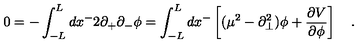
0 = - \int _ { - L } ^ { L } d x ^ { - } 2 \partial _ { + } \partial _ { - } \phi = \int _ { - L } ^ { L } d x ^ { - } \left[ ( \mu ^ { 2 } - \partial _ { \bot } ^ { 2 } ) \phi + \frac { \partial V } { \partial \phi } \right] \quad .